Annual vaccination report of Bihar and Orissa - 1911-1928
Year: 1911
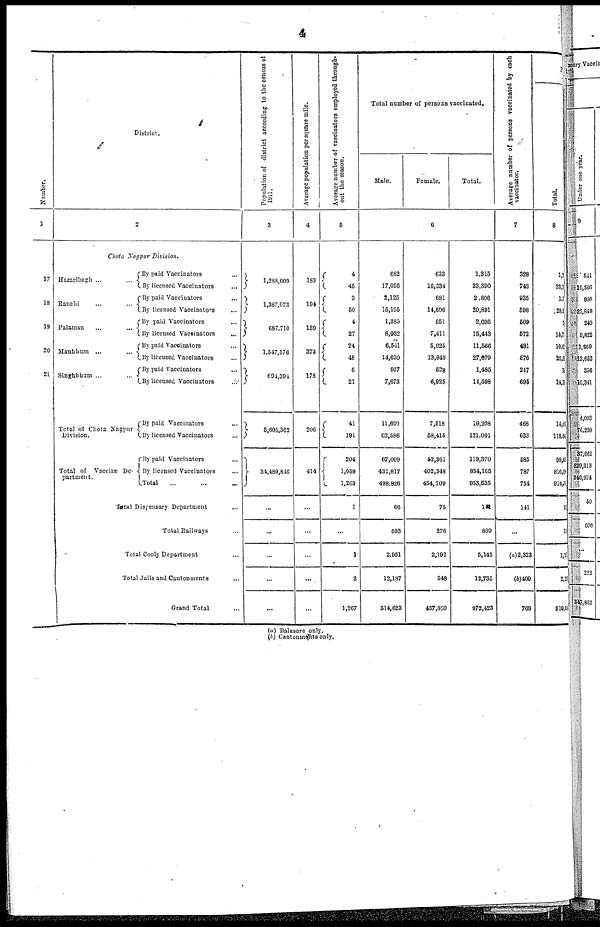
4
Number.
1
17
18
19
20
21
District.
2
Chota Nagpur Division.
Hazaribagh ...
...
Ranchi...
...
Palamau
...
...
Manbhum...
...
Singhbhum...
...
Total of Chota Nagpur
Division.
Total of Vaccine De-
partment.
By paid Vaccinators... ...
By licensed Vaccinators... ...
By paid Vaccinators... ...
By licensed Vaccinators... ...
By paid Vaccinators... ...
By licensed Vaccinators... ...
By paid Vaccinators... ...
By licensed Vaccinators... ...
By paid Vaccinators... ...
By licensed Vaccinators... ...
By paid Vaccinators... ...
By licensed Vaccinators... ...
By paid Vaccinators... ...
By licensed Vaccinators... ...
Total... ...
Total Dispensary Department... ...
Total Railways... ...
Total Cooly Department... ...
Total Jails and Cantonments... ...
Grand Total... ...
Population of district according to the census of
1911.
3
1,288,609
1,387,073
687,710
1,547,576
694,394
5,605,362
34,489,846
...
...
...
...
...
Average population per square mile.
4
183
194
139
373
178
206
414
...
...
...
...
...
Average number of vaccinators employed through-
out the season.
5
4
45
3
50
4
27
24 48
6
21
41
191
204
1,059
1,263
1
...
1
2
1,267
Total number of persons vaccinated.
Male.
Female.
Total.
6
682
17,056
2,125
15,195
1,385
8,032
6,541
14,630
957
7,673
11,690
62,586
67,009
431,817
498,826
66
593
2,951
12,187
514,623
633
16,334
681
14,696
651
7,411
5,025
13,040
528
6,925
7,518
58,415
52,361
402,348
454,709
75
276
2,192
548
457,890
1,315
33,390
2,806
29,891
2,036
15,443
11,566
27,679
1,485
14,598
19,208
121,001
119,370
834,165
953,535
144
869
5,143
12,735
972,423
Average number of persons vaccinated by each
vaccinator.
7
328
742
935
598
509
572
481
576
247
695
468
633
585
787
754
141
...
(a)2,323
(b)409
768
P
Total.
8
1, 2
33,3
1,2
28,1
5
14,7
10,0
26,5
7
14,35
14,08
118,0
98,6
816,0
914,71
19
7
1,18
2,3
919,08
(a) Balasore only.
(b) Cantonments only.